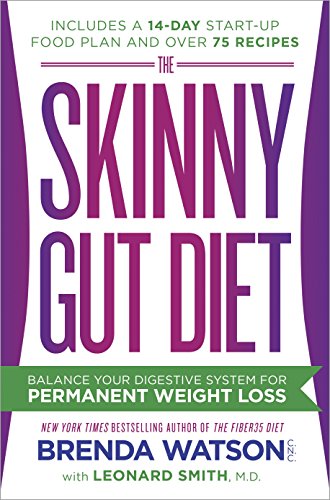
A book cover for The Skinny Gut Diet: Balance Your Digestive System for Permanent Weight Loss; Brenda Watson C.N.C.; Health, Fitness & Dieting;